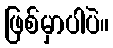
ဖြစ်မှာပါပဲ။